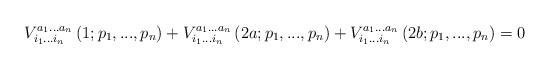
LaTeX: \begin{align*}V_{i_1...i_n}^{a_1...a_n}\left( 1;p_1,...,p_n\right)+V_{i_1...i_n}^{a_1...a_n}\left( 2a;p_1,...,p_n\right)+V_{i_1...i_n}^{a_1...a_n}\left( 2b;p_1,...,p_n\right) =0 \end{align*}